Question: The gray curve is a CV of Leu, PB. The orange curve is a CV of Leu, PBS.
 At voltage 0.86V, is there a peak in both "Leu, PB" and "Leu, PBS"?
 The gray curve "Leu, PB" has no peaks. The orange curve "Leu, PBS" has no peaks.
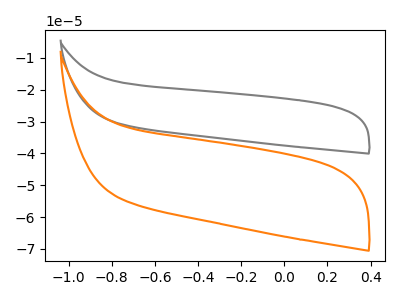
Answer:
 <answer>No, "Leu, PB" and "Leu, PBS" dont share a peak at 0.86V.</answer>
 <eval>mismatch</eval>